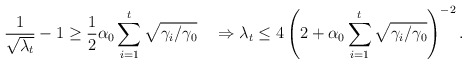
\begin{align*}\frac{1}{\sqrt{\lambda_t}}-1\geq\frac{1}{2}\alpha_0\sum_{i=1}^t\sqrt{\gamma_i/\gamma_0}\quad\Rightarrow\lambda_t\leq4\left(2+\alpha_0\sum_{i=1}^t\sqrt{\gamma_i/\gamma_0}\right)^{-2}.\end{align*}